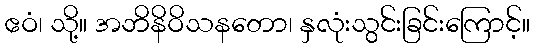
ဧဝံ၊ သို့။ အဘိနိဝိသနတော၊ နှလုံးသွင်းခြင်းကြောင့်။